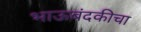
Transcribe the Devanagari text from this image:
भाऊबंदकीचा